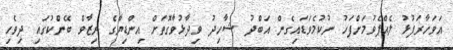
އަވަހާރަފުޅު ލެއްޕެވުމަށްފަހު ނުކުމެވަޑައިގެން އަބްދު ޝާހިދު ވިދާޅުވާގޮތަށް އިންޑިޔާގެ ރިޒާވް ބޭންކުގައި ދިވެހި